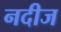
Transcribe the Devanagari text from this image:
नदीज